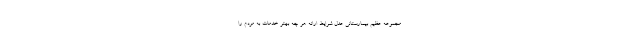
مجموعه عظیم بیمارستانی عدل شرایط ارائه هر چه بهتر خدمات به مردم را